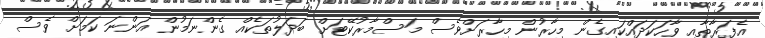
އެފަރާތާއި ވާހަކަދައްކައިގެން މިހާރުން މިހާރަށްވެސް މަސްމާރުކޭޓަށް ބަދަލުތަކެއް ގެންނަމުން އަންނަ ކަމަށް ވެސް